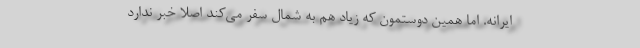
ایرانه. اما همین دوستمون که زیاد هم به شمال سفر می‌کند اصلا خبر ندارد